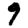
Digit: 9